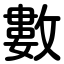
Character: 數